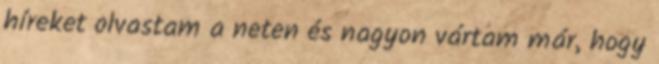
híreket olvastam a neten és nagyon vártam már, hogy